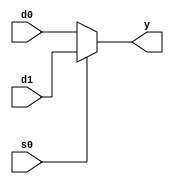
module mux2_ram(d0,d1,s0,y);
   input [17:0]d0,d1;
   input s0;
   output [17:0]y;
   
   assign y=(s0)?d1:d0;
endmodule